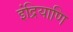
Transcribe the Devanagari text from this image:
इंद्रियाणि